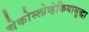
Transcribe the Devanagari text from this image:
चेकोस्लोव्हेकियासुद्धा